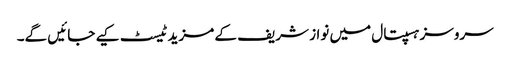
سروسز ہسپتال میں نواز شریف کے مزید ٹیسٹ کیے جائیں گے۔